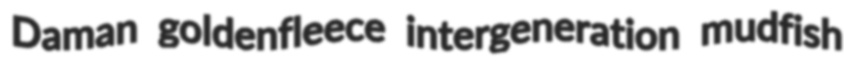
Daman goldenfleece intergeneration mudfish